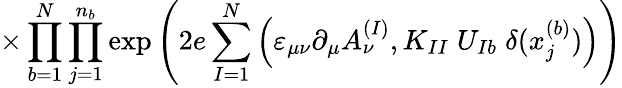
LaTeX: \times\prod_{b=1}^{N}\prod_{j=1}^{n_{b}}\exp\left(2e\sum_{I=1}^{N}\Big(\varepsilon_{\mu\nu}\partial_{\mu}A_{\nu}^{(I)},K_{II}\; U_{Ib}\; \delta(x_{j}^{(b)})\Big)\right)